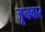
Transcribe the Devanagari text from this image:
जूनवार